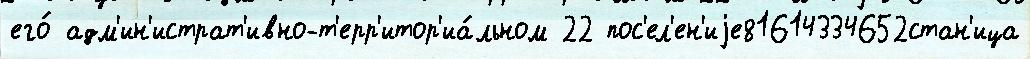
его́ адм'ин'истрат'ивно-т'ерр'итор'иа́льном 22 пос'ел'ен'иjе81614334652стан'ица